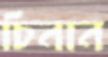
চিনান